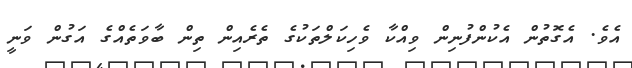
އެވެ. އެގޮތުން އެކުންފުނިން ވިއްކާ ވެހިކަލްތަކުގެ ތެރެއިން ތިން ބާވަތެއްގެ އަގުން ވަނީ